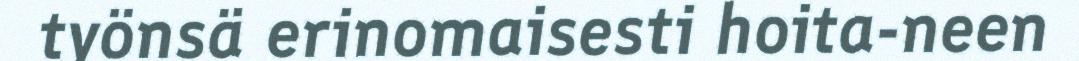
työnsä erinomaisesti hoita-neen